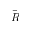
\bar { R }